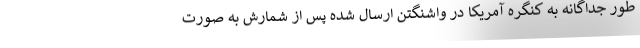
طور جداگانه به کنگره آمریکا در واشنگتن ارسال شده پس از شمارش به صورت